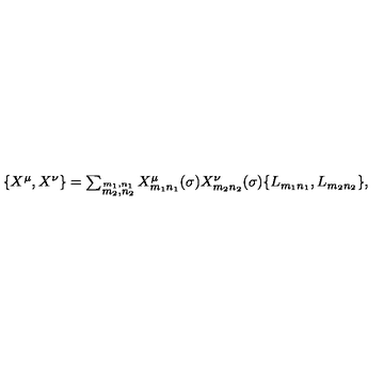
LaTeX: \begin{array} { l c r } { \{ X ^ { \mu } , X ^ { \nu } \} = \sum _ { \stackrel { m _ { 1 } , n _ { 1 } } { m _ { 2 } , n _ { 2 } } } X _ { m _ { 1 } n _ { 1 } } ^ { \mu } ( \sigma ) X _ { m _ { 2 } n _ { 2 } } ^ { \nu } ( \sigma ) \{ L _ { m _ { 1 } n _ { 1 } } , L _ { m _ { 2 } n _ { 2 } } \} , } \\ \end{array}